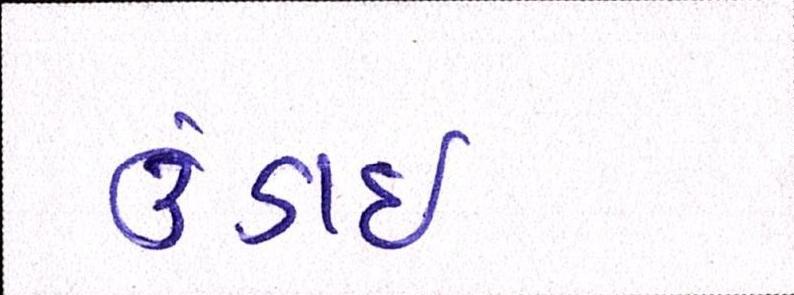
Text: ઉંડાઈ